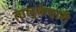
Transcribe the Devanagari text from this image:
तालुकेदारी